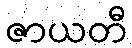
ဇာယတီ